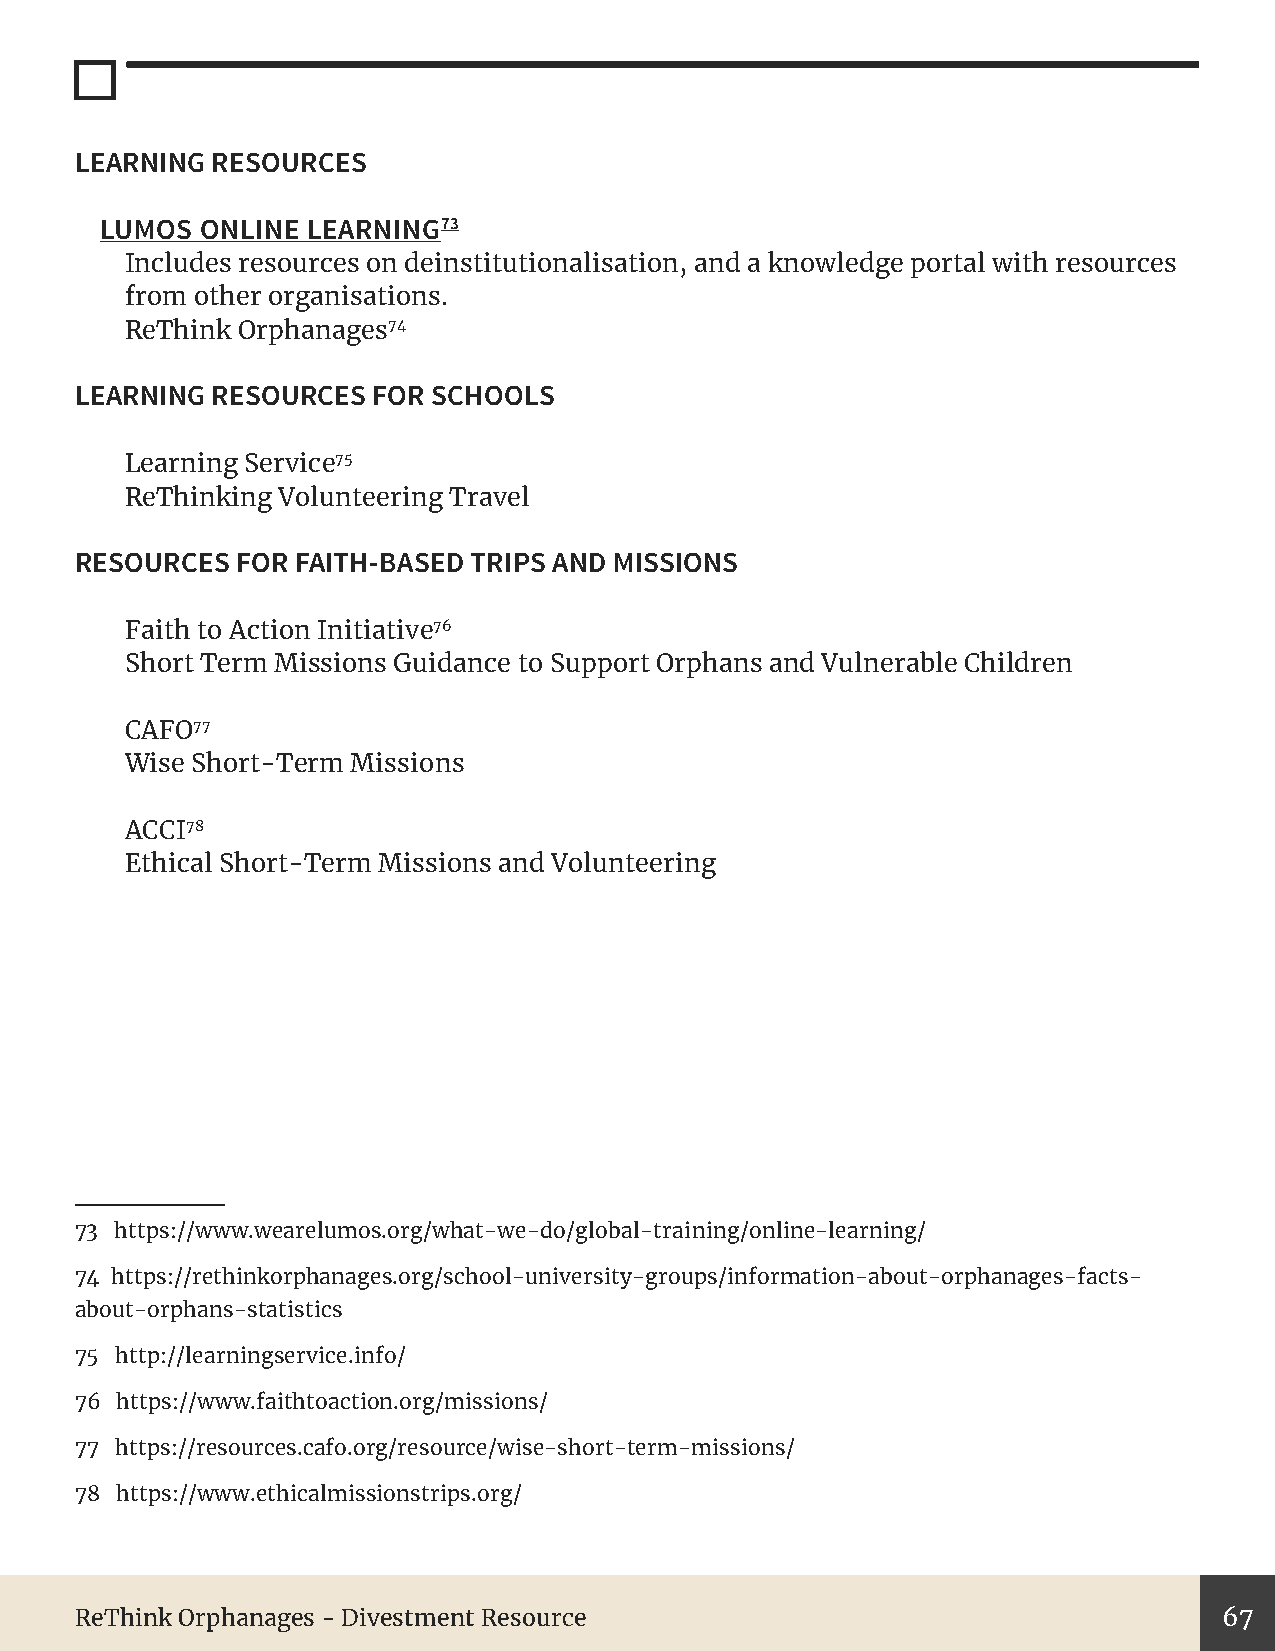
LEARNING RESOURCES
 LUMOS ONLINE LEARNING73
 Includes resources on deinstitutionalisation, and a knowledge portal with resources
 from other organisations.
 ReThink Orphanages74
 LEARNING RESOURCES  FOR SCHOOLS
 Learning Service75
 ReThinking Volunteering Travel
 RESOURCES  FOR FAITH-BASED TRIPS AND MISSIONS
 Faith to Action Initiative76
 Short Term Missions Guidance to Support Orphans and Vulnerable Children
 CAFO77
 Wise Short-Term Missions
 ACCI78
 Ethical Short-Term Missions and Volunteering
 73 https://www.wearelumos.org/what-we-do/global-training/online-learning/
 74 https://rethinkorphanages.org/school-university-groups/information-about-orphanages-facts-
 about-orphans-statistics
 75 http://learningservice.info/
 76 https://www.faithtoaction.org/missions/
 77 https://resources.cafo.org/resource/wise-short-term-missions/
 78 https://www.ethicalmissionstrips.org/
 ReThink Orphanages - Divestment Resource                                    67